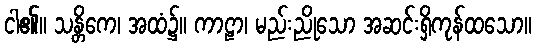
ငါ၏။ သန္တိကေ၊ အထံ၌။ ကာဠာ၊ မည်းညိုသော အဆင်းရှိကုန်ထသော။